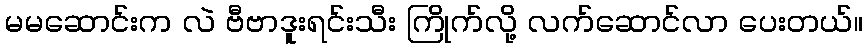
မမဆောင်းက လဲ ဗီဗာဒူးရင်းသီး ကြိုက်လို့ လက်ဆောင်လာ ပေးတယ်။